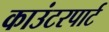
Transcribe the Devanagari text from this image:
काउंटरपार्ट